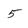
Character: 5